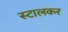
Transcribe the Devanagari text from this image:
स्टालकर